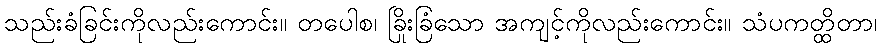
သည်းခံခြင်းကိုလည်းကောင်း။ တပေါစ၊ ခြိုးခြံသော အကျင့်ကိုလည်းကောင်း။ သံပကတ္ထိတာ၊